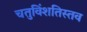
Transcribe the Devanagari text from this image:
चतुविंशतिस्तव